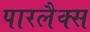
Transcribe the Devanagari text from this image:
पारलैक्स